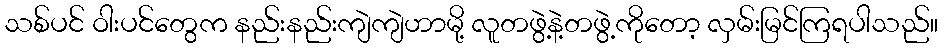
သစ်ပင် ဝါးပင်တွေက နည်းနည်းကျဲကျဲဟာမို့ လူတဖွဲ့နဲ့တဖွဲ့ကိုတော့ လှမ်းမြင်ကြရပါသည်။